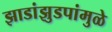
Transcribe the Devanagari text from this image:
झाडांझुडपांमुळे